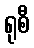
ရုစီ